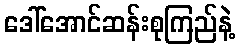
ဒေါ်အောင်ဆန်းစုကြည်နဲ့